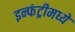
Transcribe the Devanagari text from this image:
इन्फंट्रीमध्ये